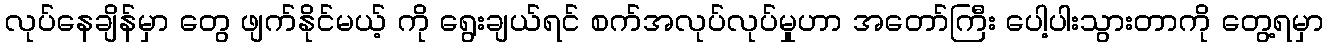
လုပ်နေချိန်မှာ တွေ ဖျက်နိုင်မယ့် ကို ရွေးချယ်ရင် စက်အလုပ်လုပ်မှုဟာ အတော်ကြီး ပေါ့ပါးသွားတာကို တွေ့ရမှာ